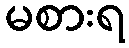
မစားရ